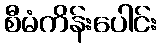
စီမံကိန်းပေါင်း